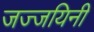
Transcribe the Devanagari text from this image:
जज्जयिनी